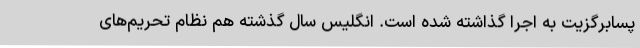
پسابرگزیت به اجرا گذاشته شده است. انگلیس سال گذشته هم نظام تحریم‌های